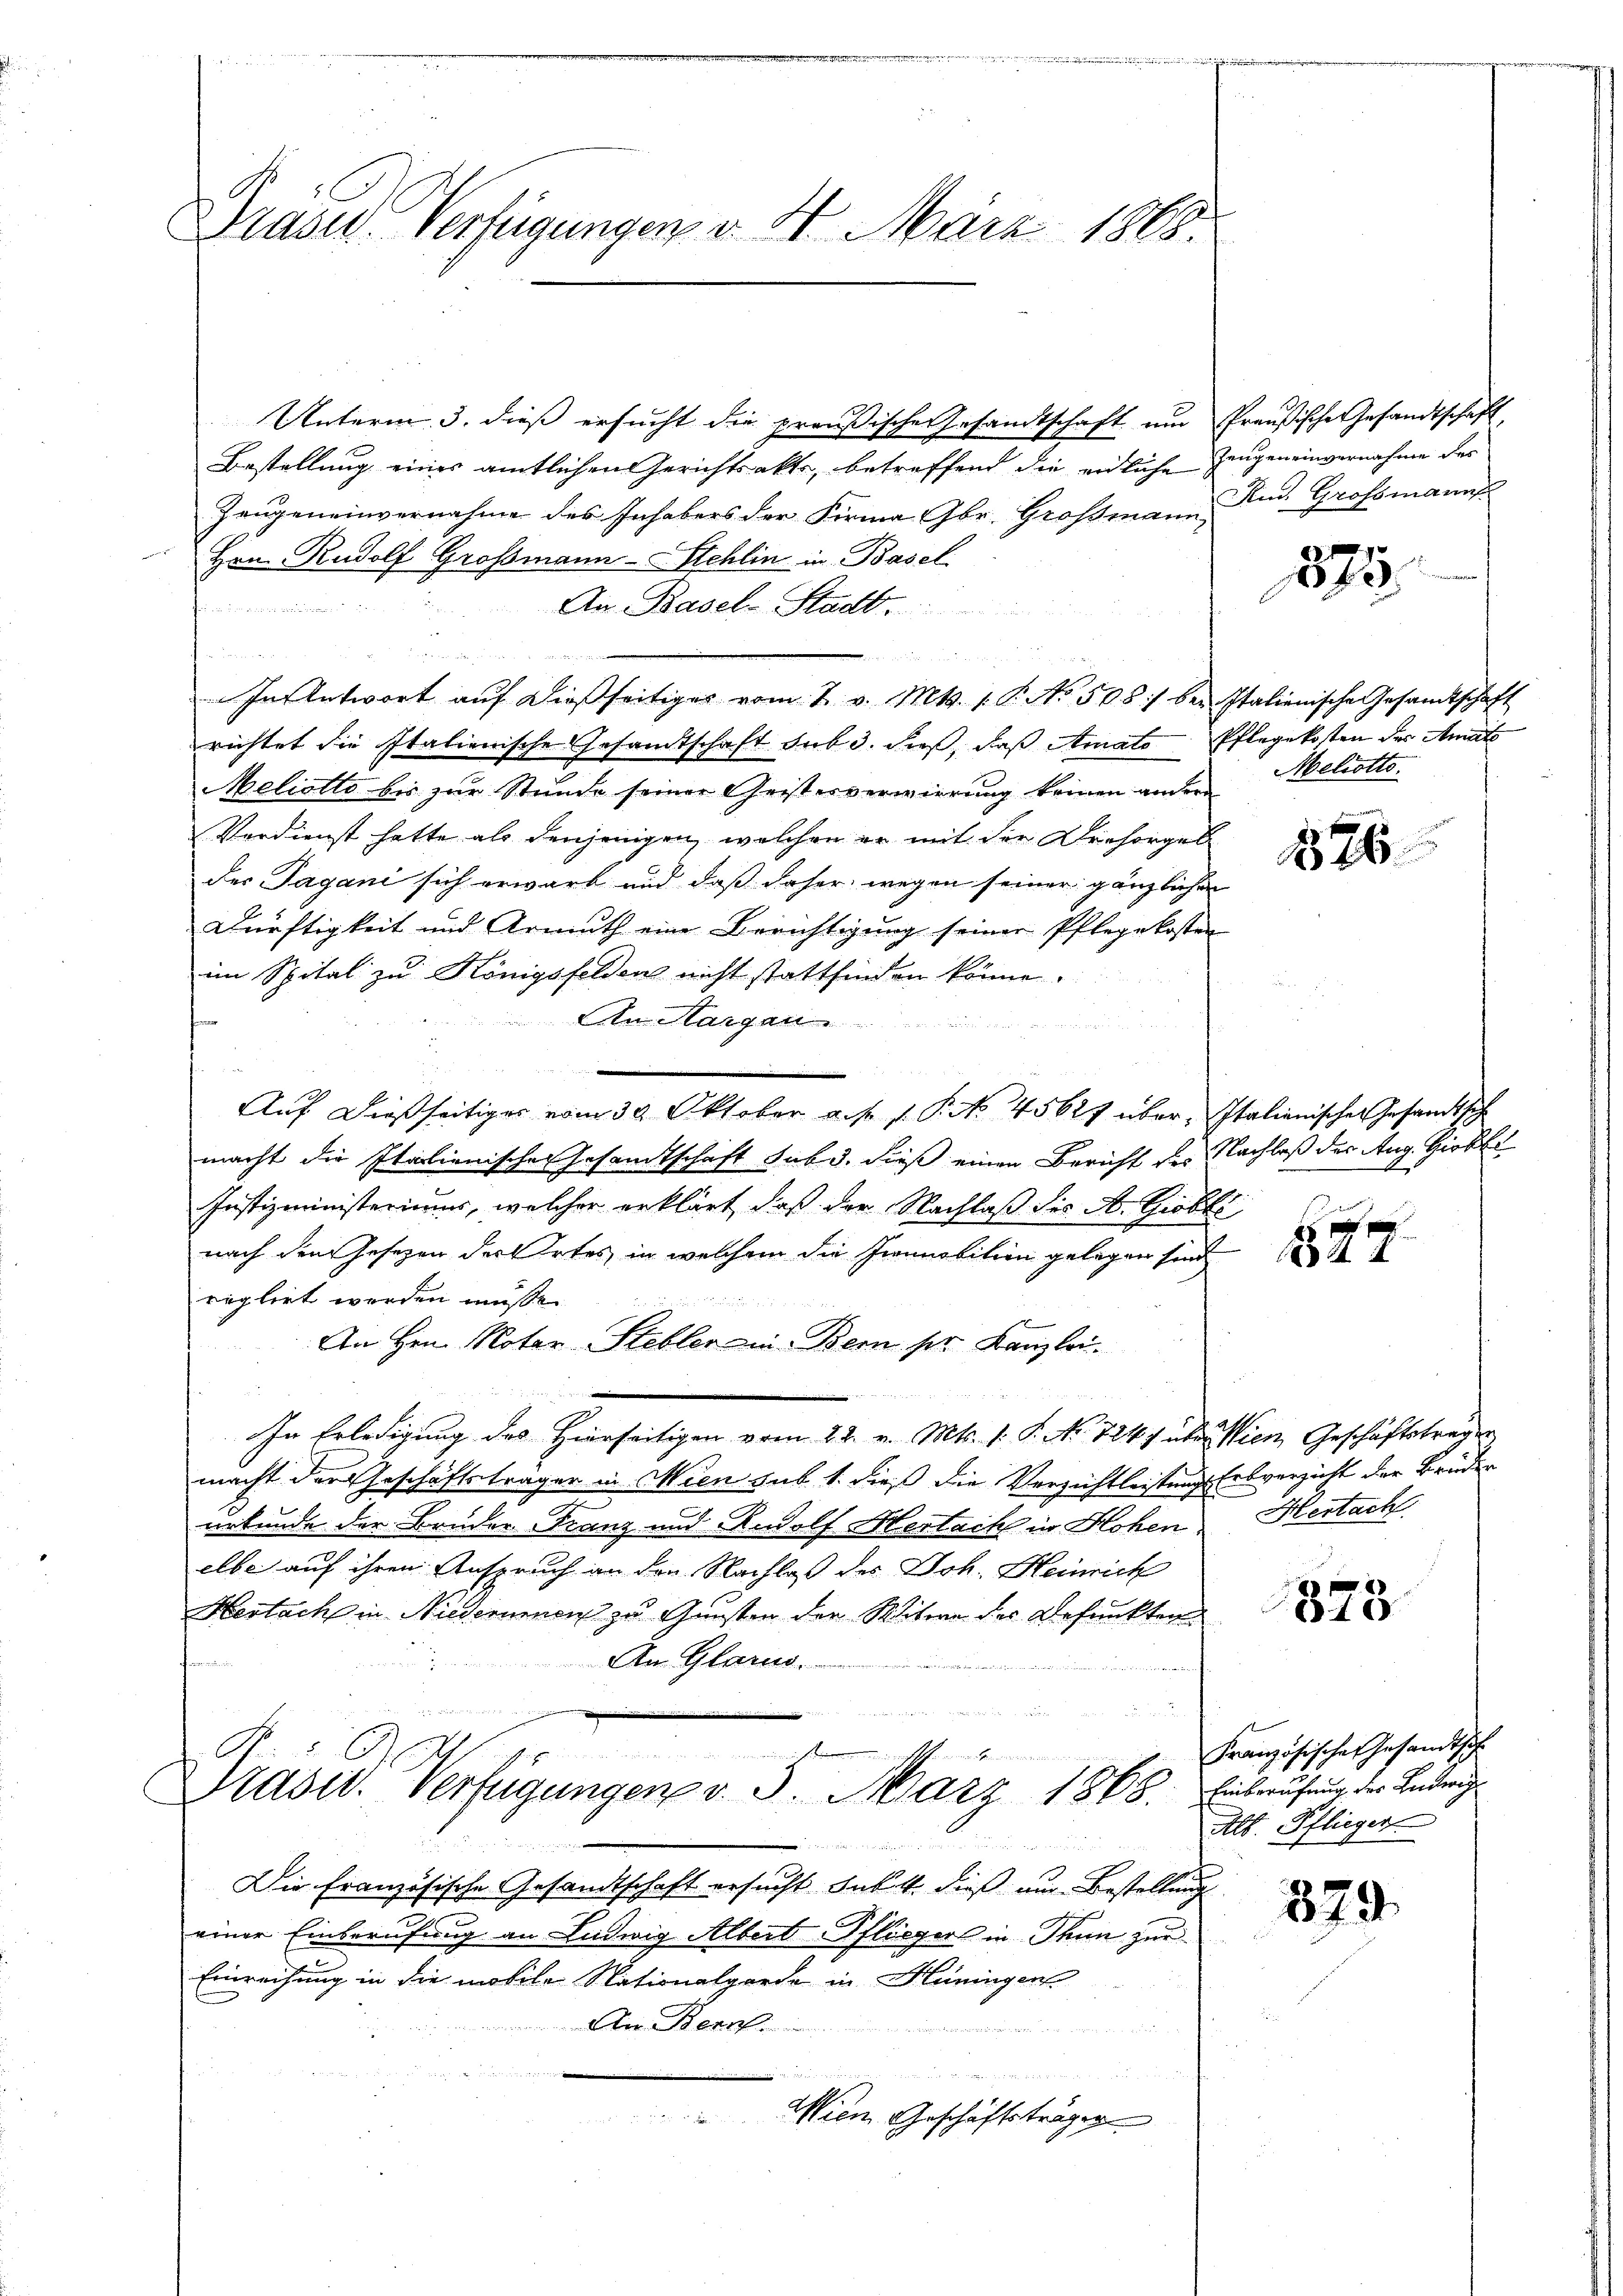
Präser Verzigungen v. 4. März 1808.

Unterm 3. dieß ersucht die preußische Gesandtschaft um Preußische Gesandtschaft,
Bestellung eines amtlichen Gerichtsakte, betreffend die eidliche Zeugeneinvernahme des
Zeugeneinvernahme des Inhabers der Firma Gbr. Grossmann Rud. Grossmann
Hrn. Rudolf Großmann-Schlin in Basel

An Basel-Stadt.
F. J. von den
und
In Antwort aŭf dießseitiges vom 7. v. Mts. 1. P. No 508 :/ bei Italienische Gesandtschaft
richtet die Italienische Gesamtschaft sub 3. dieß, daß Amats Pflegekosten der Amats
Meliotto bis zur Stunde seiner Geistesverwirrung keinen andern
Verdienst hatte als denjenigen, welchen er mit der Dresorgel
der Tagani sich erwarb und daß daher wegen seiner gänzlichen
Dürftigkeit und Armuth eine Berichtigung seiner Pflegekosten
im Spital zu Königsfelden nicht stattfinden könne.
An Sargau
u
.
Auf dießseitiges vom 30. Oktober a. s. f. P. No. 45627 über Italienischer Gesandtsch
macht die Italienischer Gesandtschaft sub d. dieß einen Bericht des Nachlaß der Aug. Zirkel
Justizministeriums, welcher erklärt, daß der Nachlaß des A. Giobli
nach dem Gesezen der Ortes in welchem die Immobition gelegen sind
reglirt werden müsse.
An Hrn. Noter-Stebler in Bern ser Kanzlei.
r
In Erledigung des Hierseitigen vom 22. v. Mts. v. P. No 724, über Wien, Geschäftsträger
macht der Geschäftsträger in Wien sub 1. dieß die Verzichtleistungs Erbverzicht der Bruder
urkunde der Bruder Franz und Rudolf Hertach in Hohen
elbe auf ihren Anspruch an den Nachlaß des Joh. Heinrich
Hertach in Niedernenen zu Gunsten der Webern der Befunkten
An Glarus.
e
C

Präsid. Verfügungen v. 5. März 1868. Einberufung der Lederg
e
Die Französische Gesandtschaft ersucht Jak. M. dieß ein Bestellung
einer Einberufung an Ludwig Albert-Pflieger in Thun zur
Einreihung in die mobile Nationalgarde in Hüningen
An Bern.
u

Wien Geschäftsträger

875

Meliotts.

876.

d
827

Hertach

373

Französische Gesandtsch
Alb. Pflieger

379.